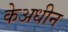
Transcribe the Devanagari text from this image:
केअधीन